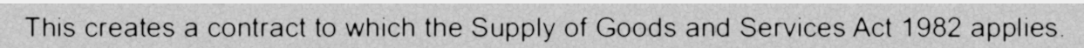
This creates a contract to which the Supply of Goods and Services Act 1982 applies.